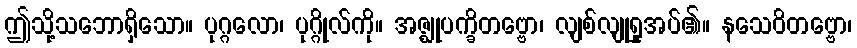
ဤသို့သဘောရှိသော။ ပုဂ္ဂလော၊ ပုဂ္ဂိုလ်ကို။ အဇ္ဈုပက္ခိတဗ္ဗော၊ လျစ်လျုရှုအပ်၏။ နသေဝိတဗ္ဗော၊